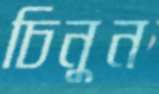
চিনুন